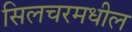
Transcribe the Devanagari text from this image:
सिलचरमधील